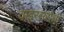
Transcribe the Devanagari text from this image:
वाइरसरोधी